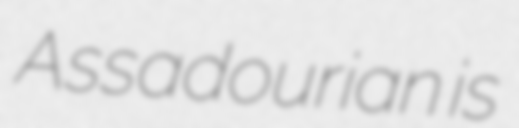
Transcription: Assadourian is